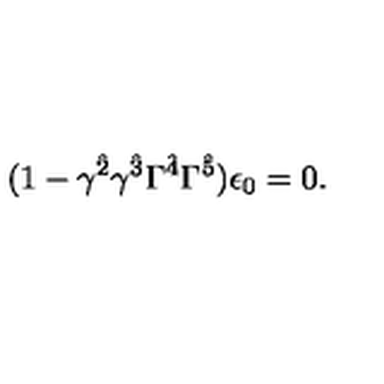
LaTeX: ( 1 - \gamma ^ { \hat { 2 } } \gamma ^ { \hat { 3 } } \Gamma ^ { \hat { 4 } } \Gamma ^ { \hat { 5 } } ) \epsilon _ { 0 } = 0 .